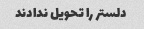
دلستر را تحویل ندادند